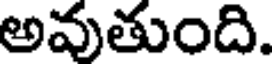
అవుతుంది.